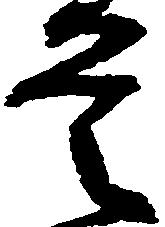
是